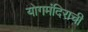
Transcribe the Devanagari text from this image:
योगमंदिराची